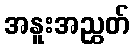
အနူးအညွှတ်